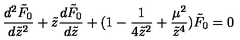
\frac { d ^ { 2 } \tilde { F } _ { 0 } } { d \tilde { z } ^ { 2 } } + \tilde { z } \frac { d \tilde { F } _ { 0 } } { d \tilde { z } } + ( 1 - \frac { 1 } { 4 \tilde { z } ^ { 2 } } + \frac { \mu ^ { 2 } } { \tilde { z } ^ { 4 } } ) \tilde { F } _ { 0 } = 0